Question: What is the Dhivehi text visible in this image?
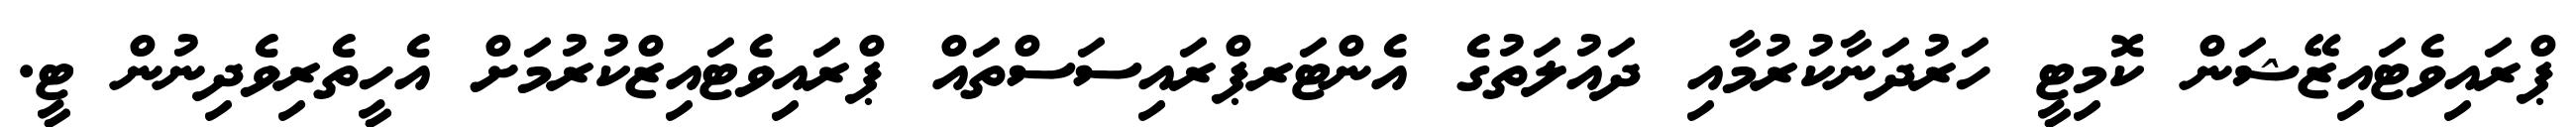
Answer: ޕްރައިވެޓައިޒޭޝަން ކޮމިޓީ ހަރުދަނާކުރުމާއި ދައުލަތުގެ އެންޓަރޕްރައިސަސްތައް ޕްރައިވެޓައިޒްކުރުމަށް އެހީތެރިވެދިނުން ޓީ.